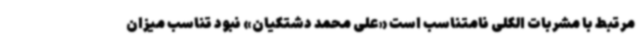
مرتبط با مشربات الکلی نامتناسب است «علی محمد دشتکیان» نبود تناسب میزان